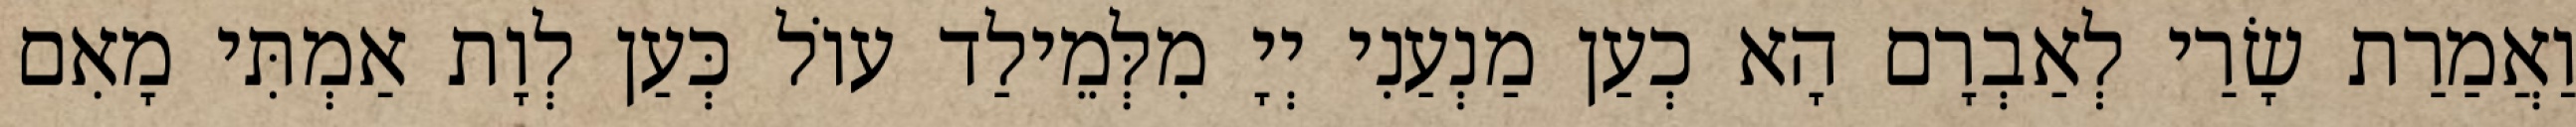
וַאֲמַרַת שָׂרַי לְאַבְרָם הָא כְעַן מַנְעַנִי יְיָ מִלְּמֵילַד עוֹל כְּעַן לְוָת אַמְתִּי מָאִם